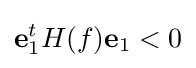
\mathbf {e} _{1}^{t}H(f)\mathbf {e} _{1}<0